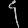
Digit: ၄